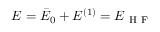
E = \bar { E } _ { 0 } + E ^ { ( 1 ) } = E _ { \mathrm { ~ H ~ F ~ } }